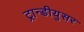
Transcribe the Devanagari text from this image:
ट्रान्डीयुसर